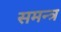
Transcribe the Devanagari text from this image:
समन्त्र